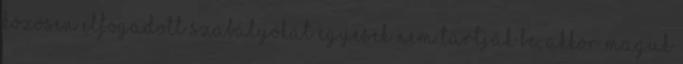
közösen elfogadott szabályokat egyesek nem tartják be, akkor maguk